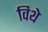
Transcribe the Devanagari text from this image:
विथे